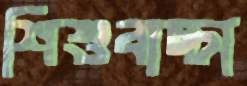
শিশুবাচ্চা